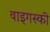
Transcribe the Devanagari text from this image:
वाइगस्की